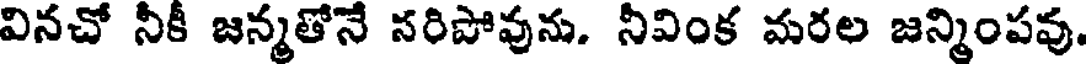
వినచో నీకీ జన్మతోనే సరిపోవును. నీవింక మరల జన్మింపవు.